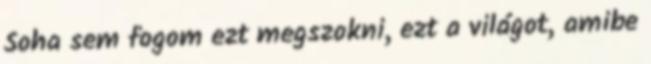
Soha sem fogom ezt megszokni, ezt a világot, amibe